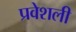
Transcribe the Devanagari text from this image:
प्रवेशली